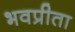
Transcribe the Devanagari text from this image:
भवप्रीता